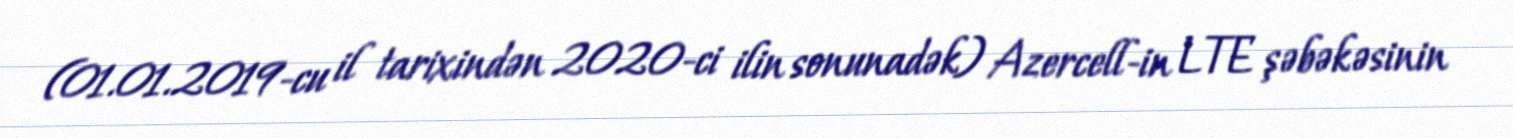
(01.01.2019-cu il tarixindən 2020-ci ilin sonunadək) Azercell-in LTE şəbəkəsinin